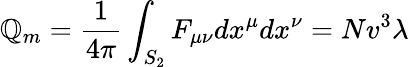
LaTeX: \mathbb{Q}_{m}={\frac{{1}}{{4\pi}}}\int_{S_{2}}F_{\mu\nu}dx^{\mu}dx^{\nu}=Nv^{3}\lambda